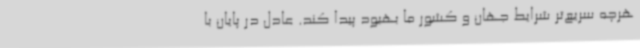
هرچه سریع‌تر شرایط جهان و کشور ما بهبود پیدا کند. عادل در پایان با